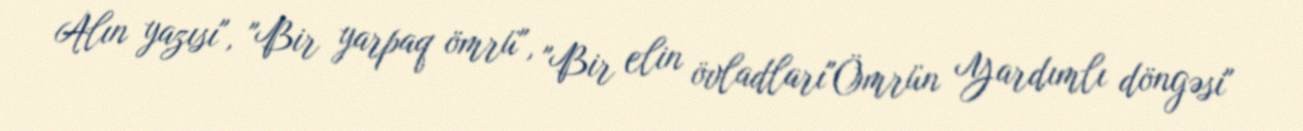
Alın yazısı", "Bir yarpaq ömrü", "Bir elin övladları"Ömrün Yardımlı döngəsi"